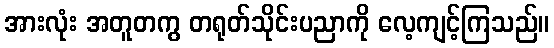
အားလုံး အတူတကွ တရုတ်သိုင်းပညာကို လေ့ကျင့်ကြသည်။